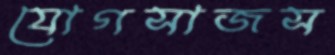
যোগসাজস